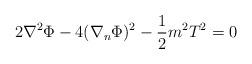
LaTeX: \begin{align*} 2\nabla^{2}\Phi-4(\nabla_{n}\Phi)^{2}-\frac{1}{2}m^{2}T^{2}=0\end{align*}